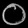
Digit: ၀